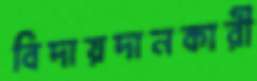
বিদায়দানকারী